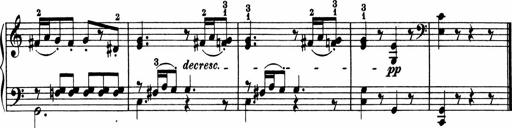
Title: 5 Sonatinen fÃ¼r die Jugend
Composer: Carl Reinecke